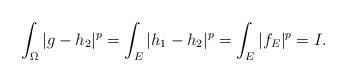
LaTeX: \begin{align*}\int_\Omega|g-h_2|^p=\int_E|h_1-h_2|^p=\int_E|f_E|^p=I.\end{align*}